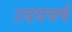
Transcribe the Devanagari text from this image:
उदयवर्ष